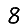
Digit: 8